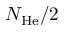
{ N } _ { \mathrm { H e } } / 2